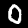
Digit: 0